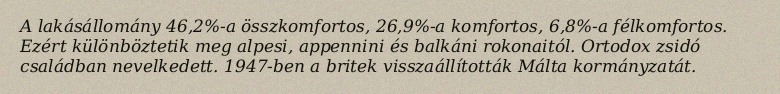
A lakásállomány 46,2%-a összkomfortos, 26,9%-a komfortos, 6,8%-a félkomfortos. Ezért különböztetik meg alpesi, appennini és balkáni rokonaitól. Ortodox zsidó családban nevelkedett. 1947-ben a britek visszaállították Málta kormányzatát.